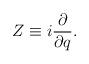
LaTeX: \begin{align*} Z \equiv i\frac{\partial}{\partial q}.\end{align*}